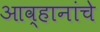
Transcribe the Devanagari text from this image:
आव्हानांचे